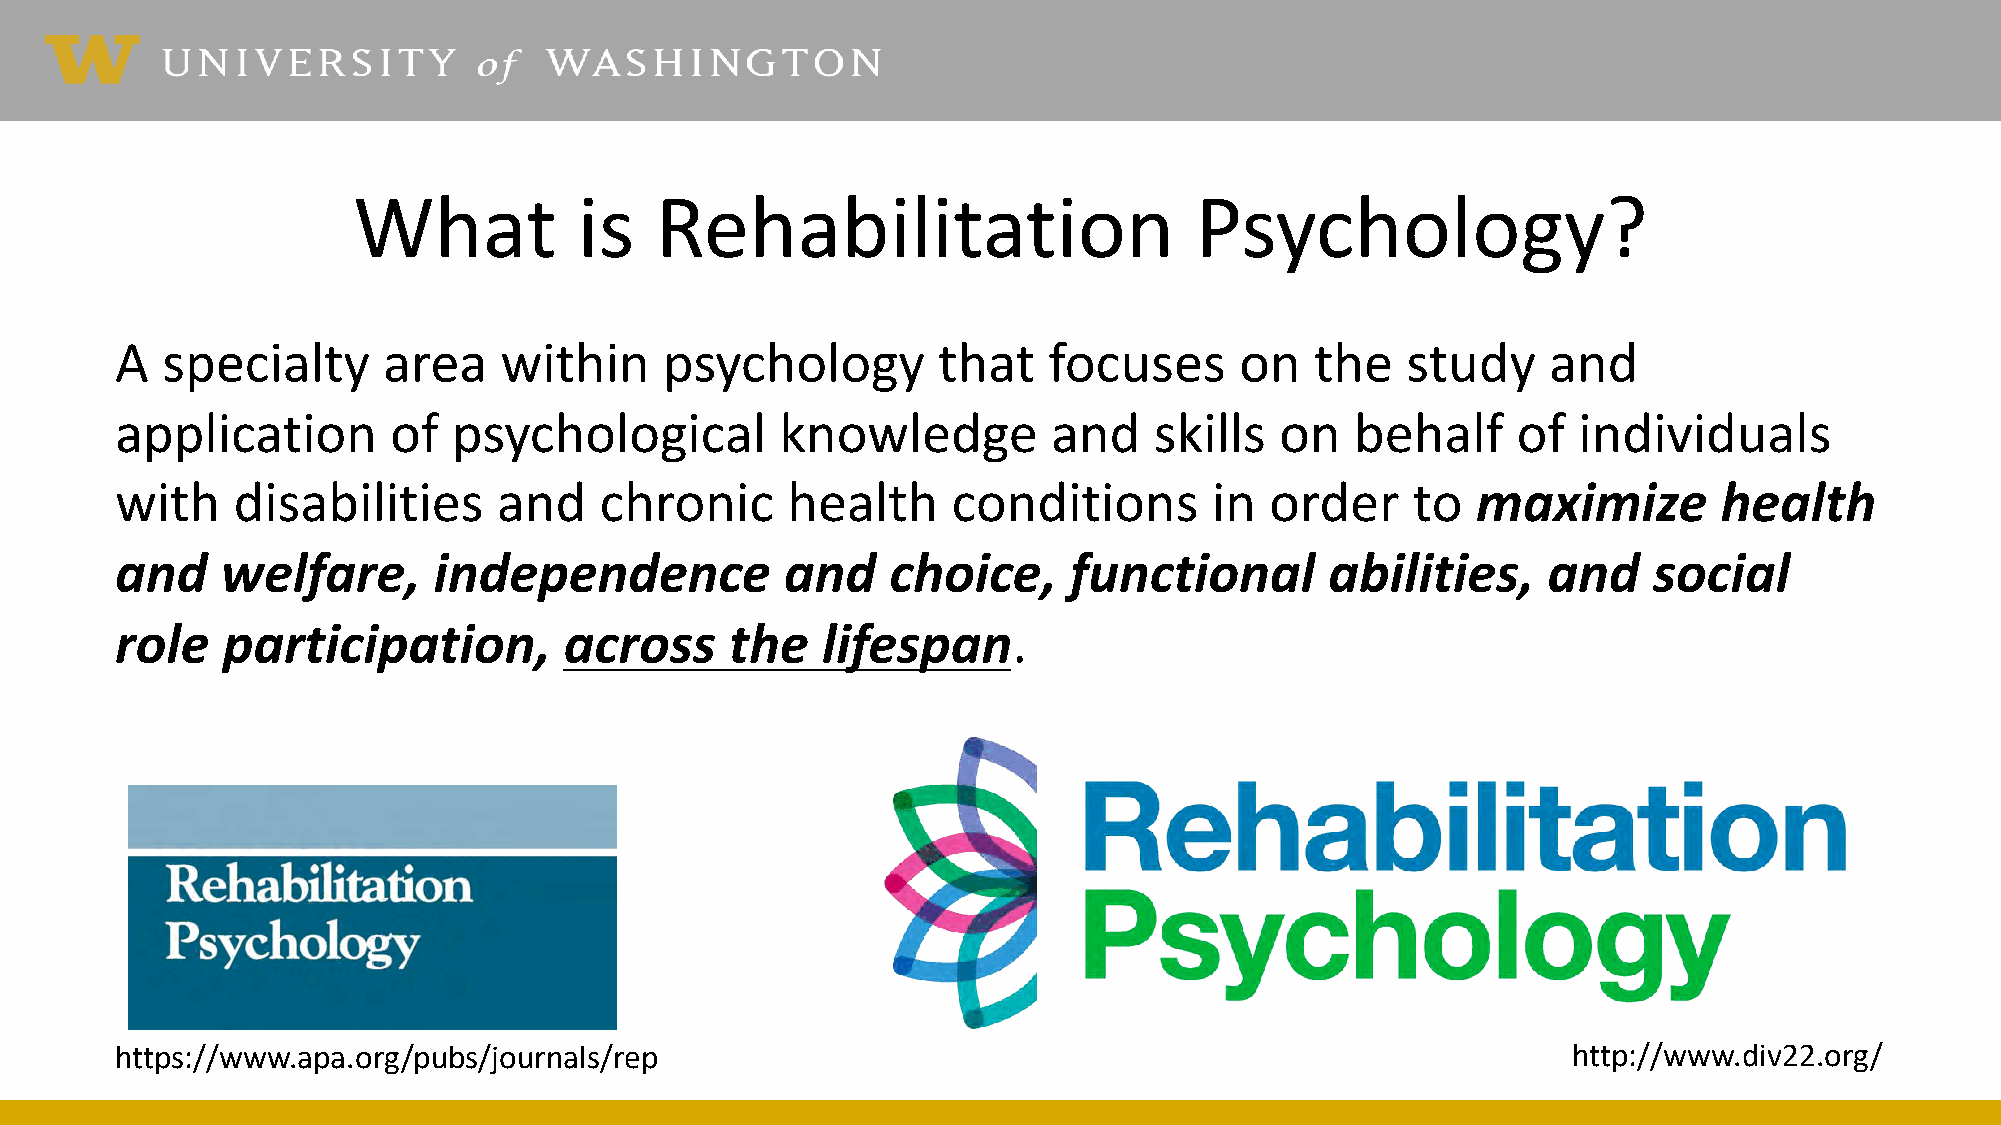
What           is   Rehabilitation                      Psychology?
 A  specialty     area    within     psychology        that   focuses      on   the   study     and
 application       of  psychological         knowledge         and   skills   on   behalf    of  individuals
 with   disabilities      and    chronic     health     conditions       in  order    to   maximize        health
 and    welfare,      independence           and    choice,     functional       abilities,    and    social
 role   participation,        across     the   lifespan.
 https://www.apa.org/pubs/journals/rep                                                           http://www.div22.org/